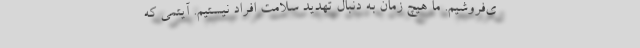
ی‌فروشیم. ما هیچ زمان به دنبال تهدید سلامت افراد نیستیم. آیتمی که